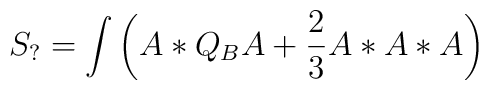
S_?=\int\left(A*Q_BA+\frac{2}{3}A*A*A\right)